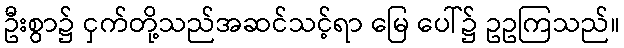
ဦးစွာ၌ ငှက်တို့သည်အဆင်သင့်ရာ မြေ ပေါ်၌ ဥဥကြသည်။